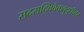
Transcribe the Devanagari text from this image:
सदसद्विवेकबुद्धीवर